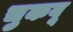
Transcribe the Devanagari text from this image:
चुकवू